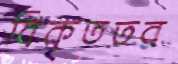
বিকৃততর